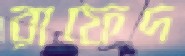
রাফেদ